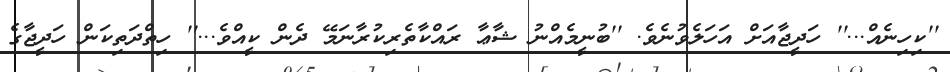
''ކިހިނެއް...'' ހަދީޖާއަށް އަހަލެވުނެވެ. ''ބުނީމެއްނު ޝާޢާ ރައްކާތެރިކުރާނަމޭ ދެން ކީއްވެ...'' ހިތްދަތިކަން ހަދީޖާގެ